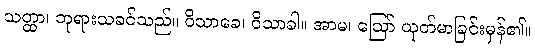
သတ္ထာ၊ ဘုရားသခင်သည်။ ဝိသာခေ၊ ဝိသာခါ။ အာမ၊ ဩော် ယုတ်မာခြင်းမှန်၏။